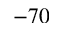
- 7 0